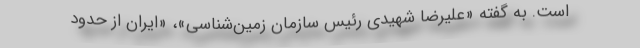
است. به گفته «علیرضا شهیدی رئیس سازمان زمین‌شناسی»، «ایران از حدود